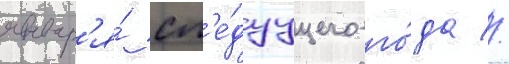
январ'я́ сл'е́дуущего го́да //